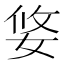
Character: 㛜